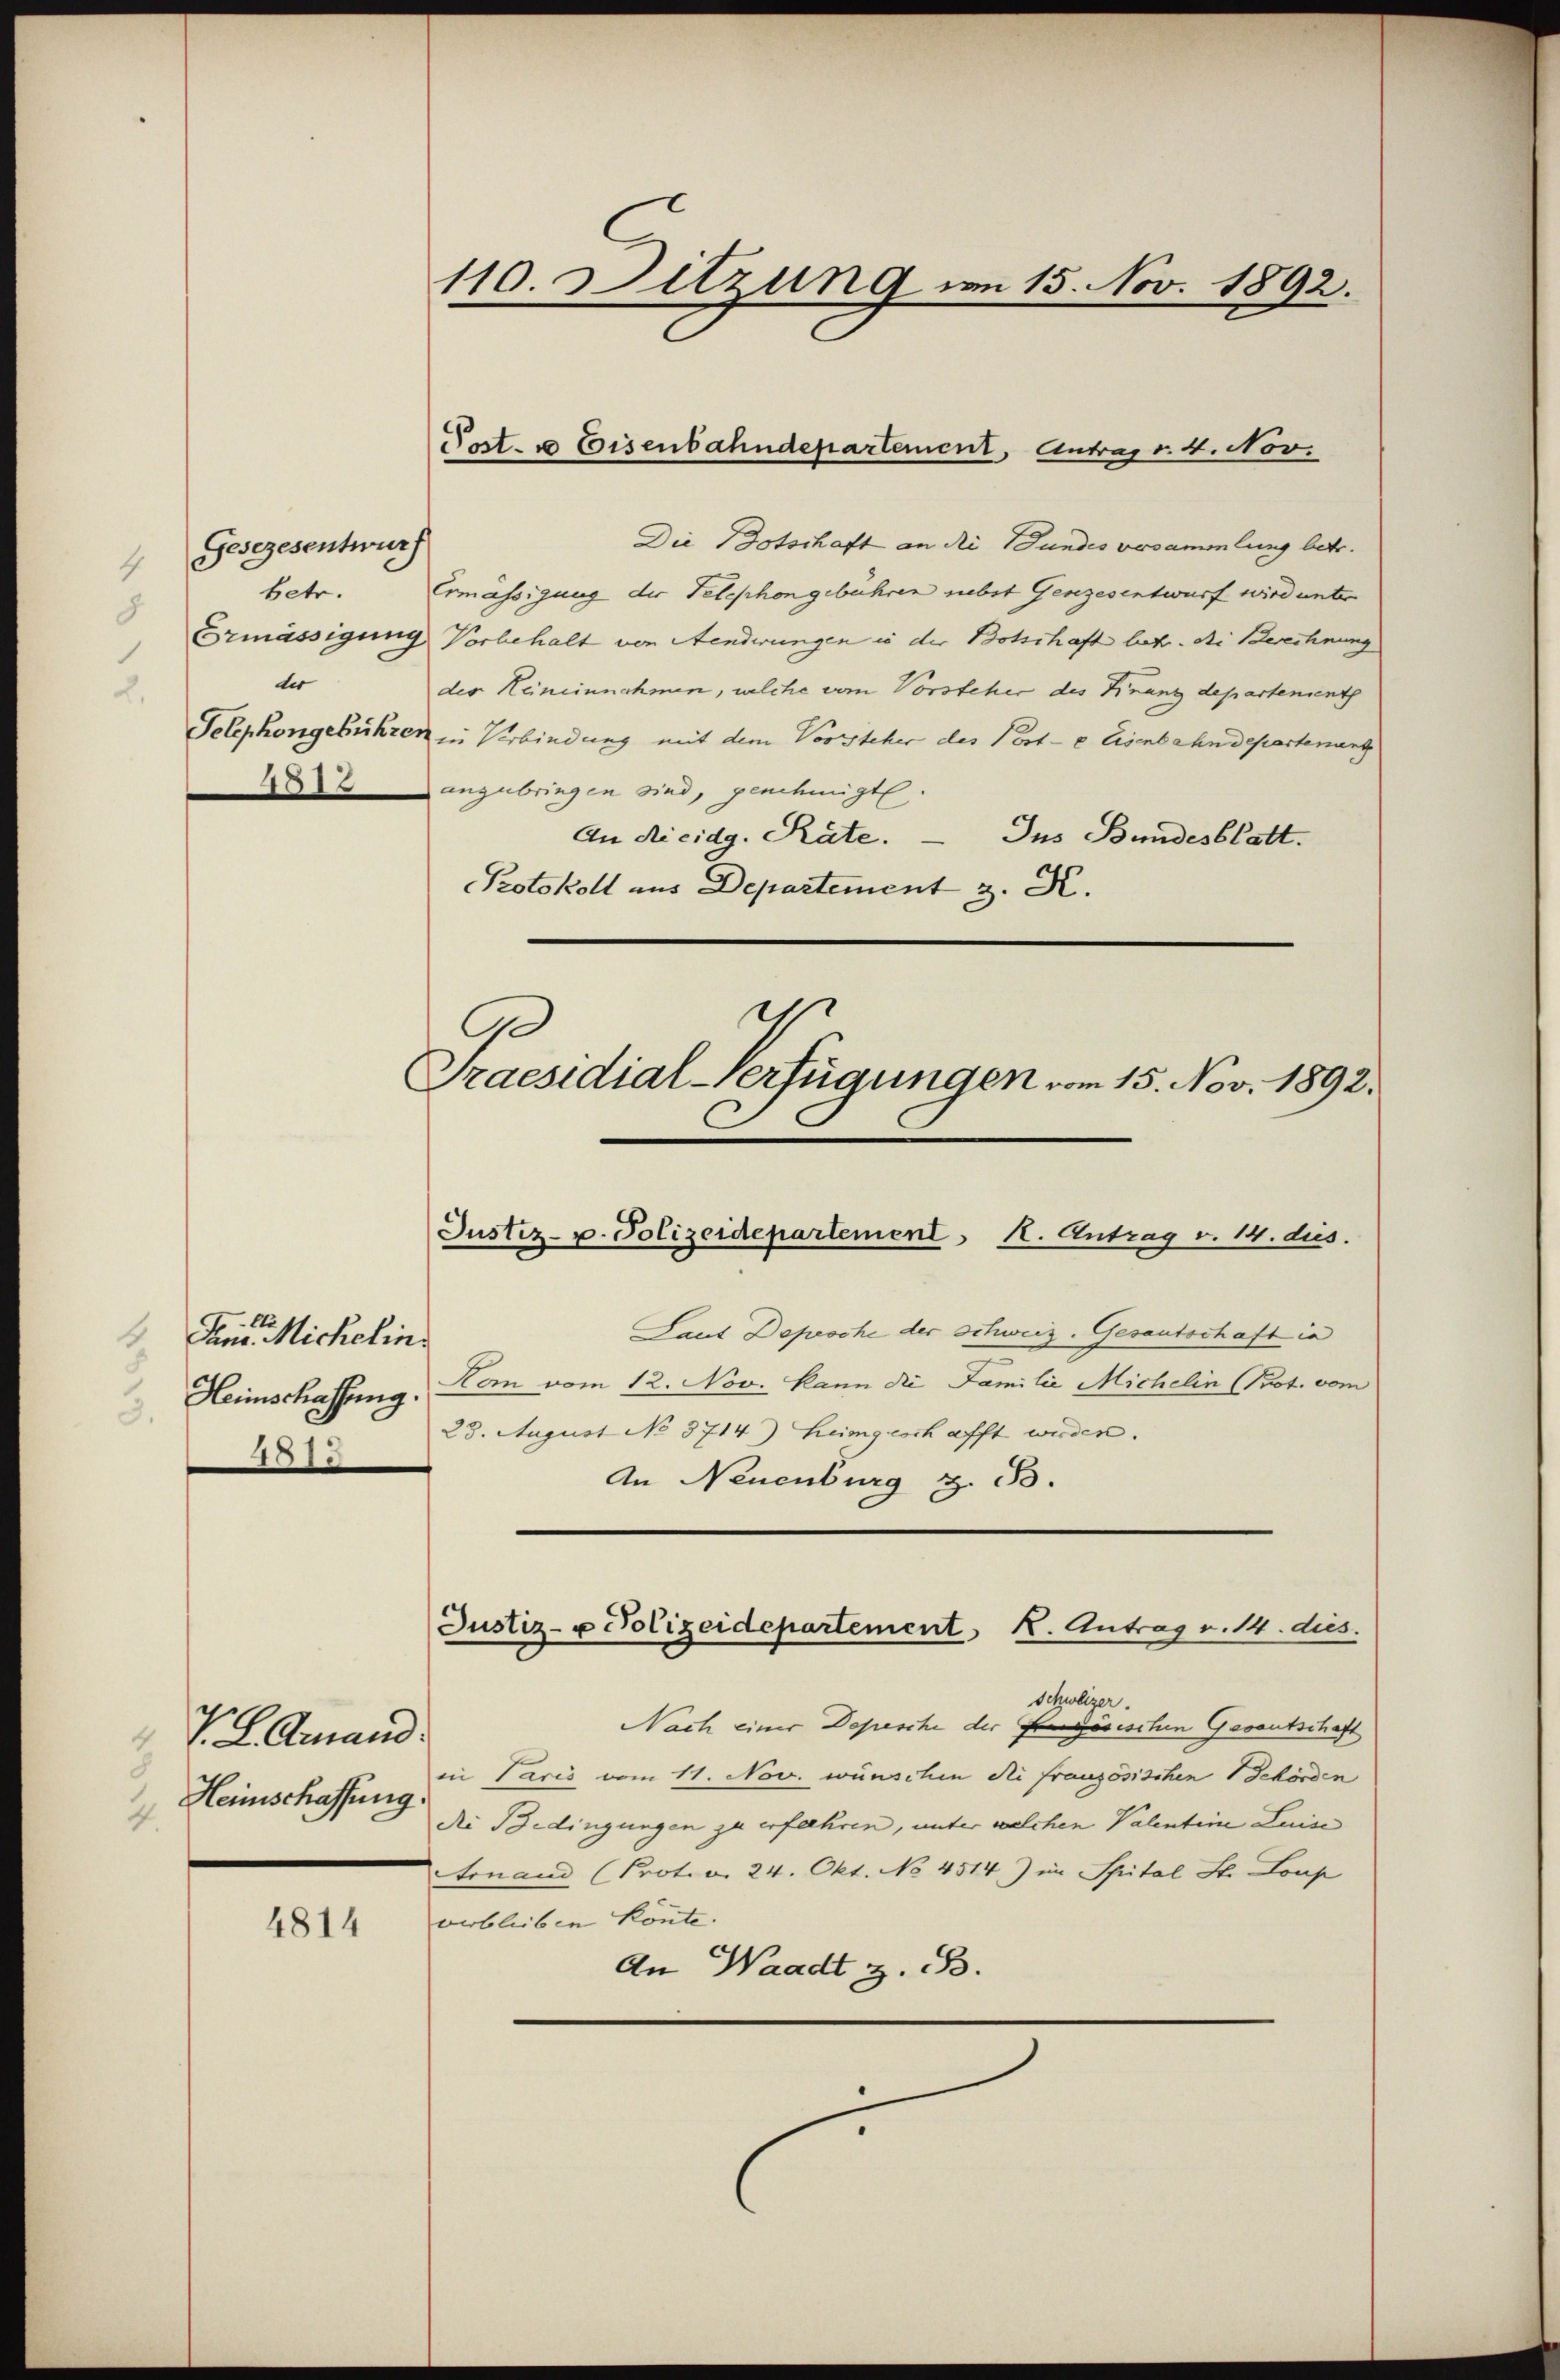
Gesezesentwurf
betr.
der

4814

Paris Mickelin.
1
Heimschaffung.
3.
481.

V. L. Amand
Heimschaffung

Post- u Eisenbahndepartement, Antrag v. 4. Nov.
Die Botschaft an die Bundes versammlung betr.
Ermässigung der Telephon gebühren nebst Gengesentwurf wird unter
Ermässigung Vorbehalt von Aenderungen in der Botschaft betr. di Berechnung
der Keineinnahmen, welche vom Vorsteher des Finanzdepartement
Telephongebühren in Verbindung mit dem Vorsteher des Porte Eisenbahndepartenant
2 anzubringen sind, genehmigt.
An Ricidg. Räte. — Ins Bundesblatt.
Protokoll aus Departement z. K.

110. Sitzung im 15. Nov. 1892.

C

Laut Deproche der Schweiz. Gesantschaft in
Kam vom 12. Nov. kann die Familie Michelin (Prot. vom
23. August No 8714) heimgeschafft werden.
An Neuenburg z. B.
schweizer.
Nach einer Depesche der Französischen Gevantschaft
in Paris vom 11. Nov. wünschen die französischen 1 Schörden
die Bedingungen zu erflehren, unter welchen Valentine Luise
Finand (Prot. v. 24. Okt. No 4514) im Spital St. Loup
verblieben könnte.
An Waadt z. B.

.
Praesidial-Verfügungen vom 15. Nov. 1892.
Justiz- u. Polizeidepartement H. Antrag v. 14. dies

Justiz- u Polizeidepartement K. Antrag v. 14. dies